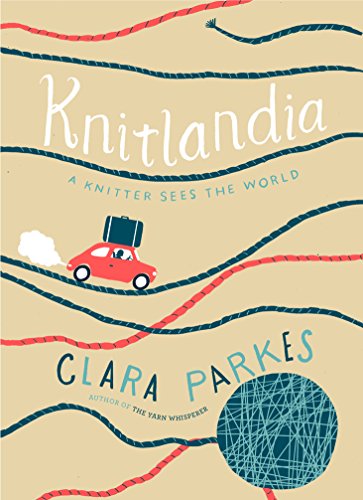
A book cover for Knitlandia: A Knitter Sees the World; Clara Parkes; Crafts, Hobbies & Home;